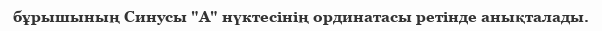
бұрышының Синусы "A" нүктесінің ординатасы ретінде анықталады.